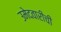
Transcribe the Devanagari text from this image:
उमेदवारीची